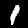
Label: 1